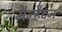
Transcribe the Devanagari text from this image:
मैन्हैटन